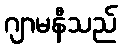
ဂျာမနီသည်